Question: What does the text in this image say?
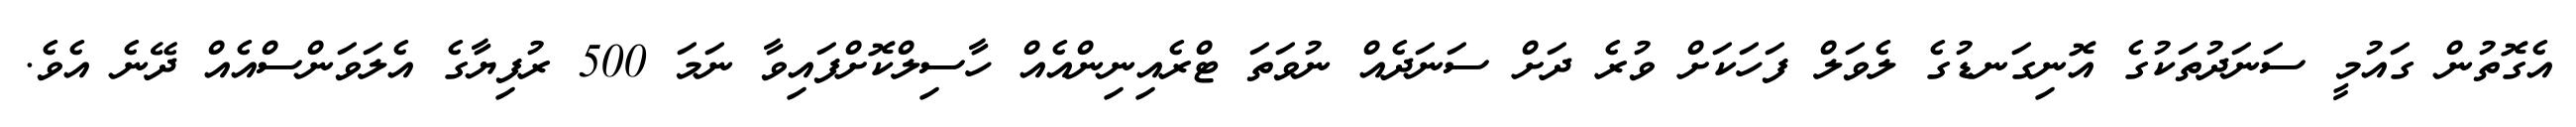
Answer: އެގޮތުން ގައުމީ ސަނަދުތަކުގެ އޮނިގަނޑުގެ ލެވަލް ފަހަކަށް ވުރެ ދަށް ސަނަދެއް ނުވަތަ ޓްރެއިނިންއެއް ހާސިލްކޮށްފައިވާ ނަމަ 500 ރުފިޔާގެ އެލަވަންސްއެއް ދޭނެ އެވެ.